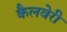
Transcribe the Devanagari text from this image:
कैलवेरी